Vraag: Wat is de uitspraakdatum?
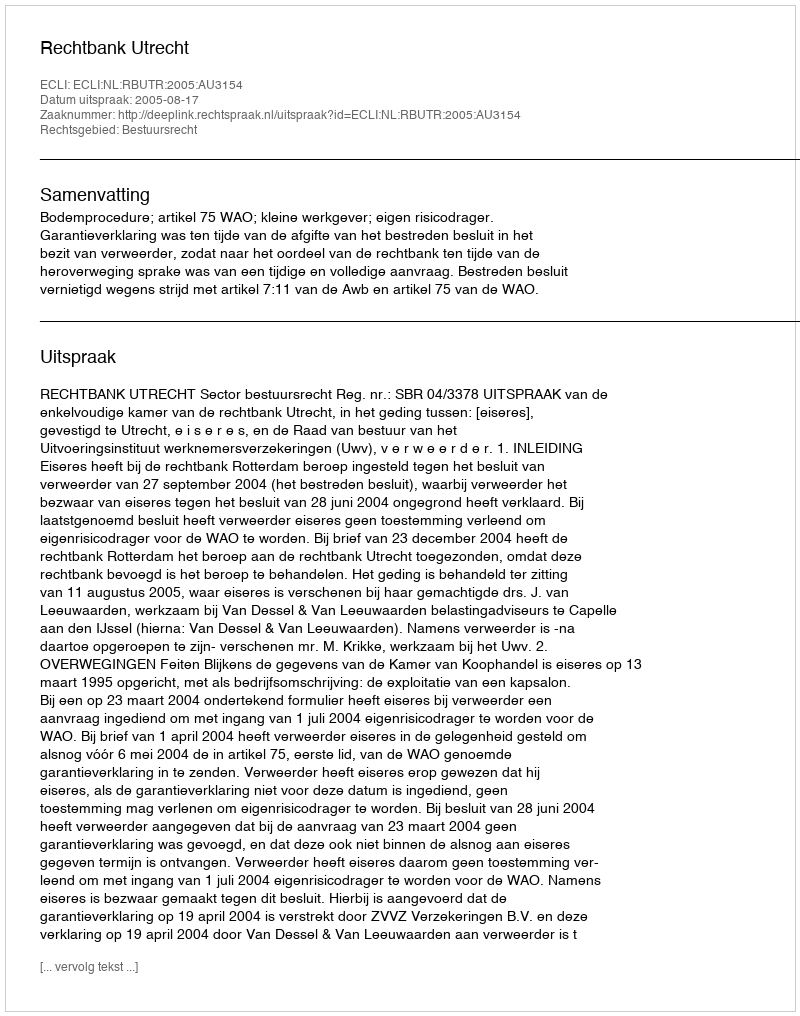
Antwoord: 2005-08-17